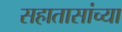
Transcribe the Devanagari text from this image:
सहातासांच्या